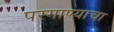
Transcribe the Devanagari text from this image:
परगाण्याचा